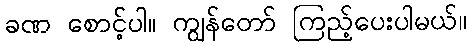
ခဏ စောင့်ပါ။ ကျွန်တော် ကြည့်ပေးပါမယ်။